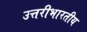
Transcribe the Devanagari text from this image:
उत्तरीभारतीय